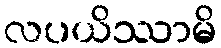
လပယိဿာမိ